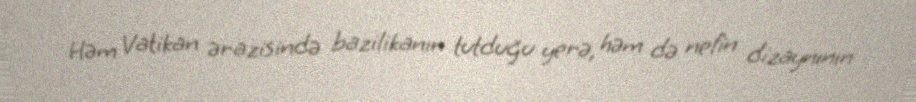
Həm Vatikan ərazisində bazilikanın tutduğu yerə, həm də nefin dizaynının